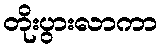
တိုးပွားလာကာ